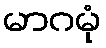
မာဂမုံ